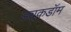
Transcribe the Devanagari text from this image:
ड्यूकडॉम